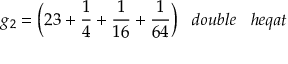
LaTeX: g _ { 2 } = { \bigg ( } 2 3 + { \frac { 1 } { 4 } } + { \frac { 1 } { 1 6 } } + { \frac { 1 } { 6 4 } } { \bigg ) } \; \; \; d o u b l e \; \; \; h e q a t